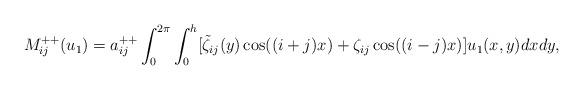
LaTeX: \begin{align*} M_{ij}^{++}(u_1)=a_{ij}^{++}\int_0^{2\pi} \int_0^h[\tilde \zeta_{i j}(y)\cos((i +j)x)+ \zeta_{i j}\cos((i - j)x)] u_1(x,y)dx dy,\end{align*}